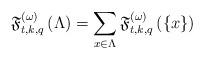
LaTeX: \begin{align*}\mathfrak{F}_{t,k,q}^{(\omega )}\left( \Lambda \right) =\sum\limits_{x\in\Lambda }\mathfrak{F}_{t,k,q}^{(\omega )}\left( \left\{ x\right\} \right)\end{align*}